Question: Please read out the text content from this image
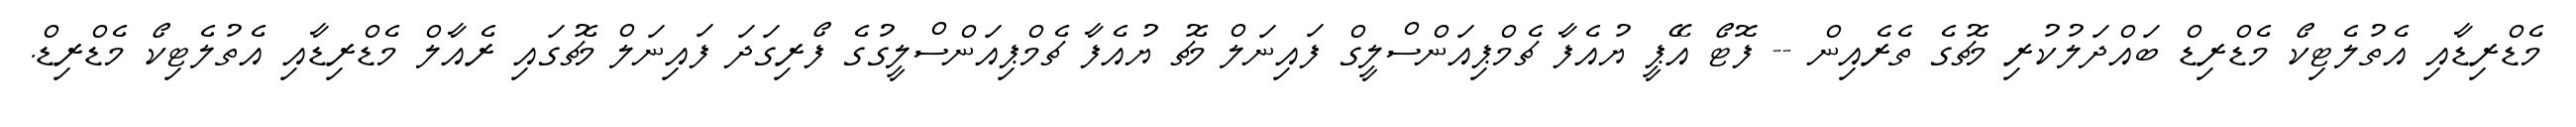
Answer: މެޑްރިޑާއި އެތުލެޓިކޯ މެޑްރިޑް ބައްދަލުކުރި މެޗުގެ ތެރެއިން -- ފޮޓޯ އޭޕީ ޔުއެފާ ޗެމްޕިއަންސްލީގް ފައިނަލް މެޗު ޔުއެފާ ޗެމްޕިއަންސްލީގުގެ ފޯރިގަދަ ފައިނަލް މެޗުގައި ރެއާލް މެޑްރިޑާއި އެތުލެޓިކޯ މެޑްރިޑް.